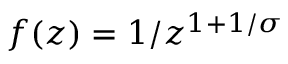
f ( z ) = 1 / z ^ { 1 + 1 / \sigma }